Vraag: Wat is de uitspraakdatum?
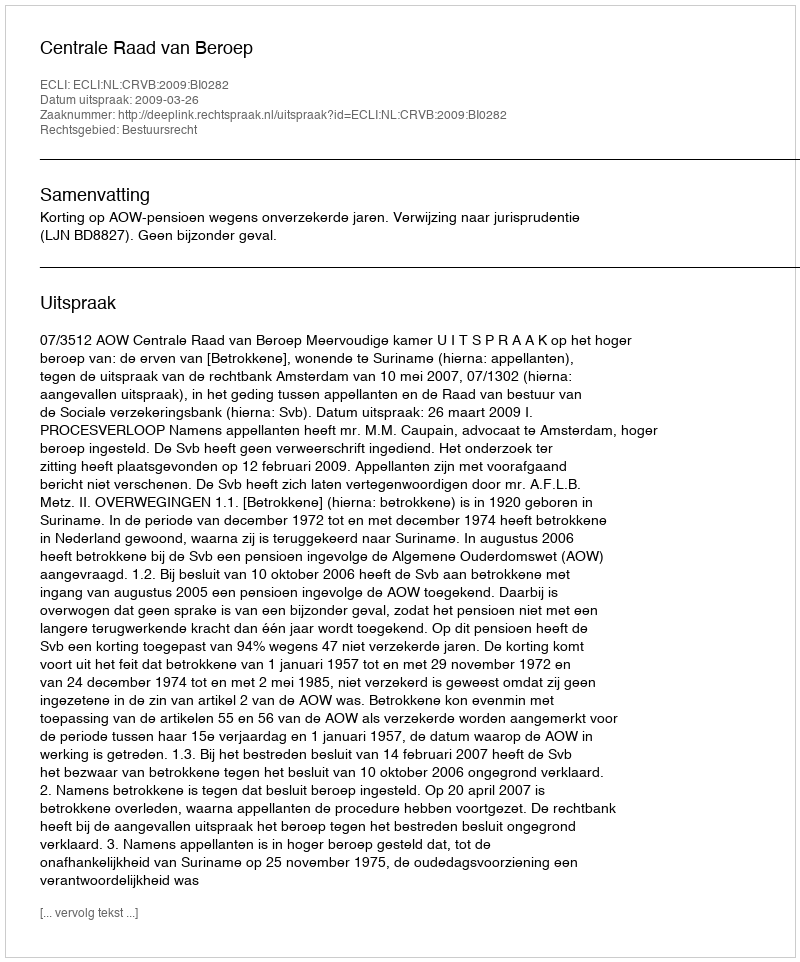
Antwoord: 2009-03-26